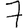
Digit: 7